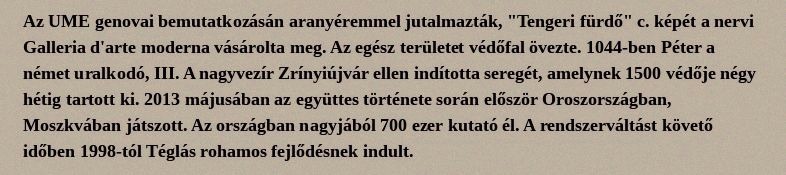
Az UME genovai bemutatkozásán aranyéremmel jutalmazták, "Tengeri fürdő" c. képét a nervi Galleria d'arte moderna vásárolta meg. Az egész területet védőfal övezte. 1044-ben Péter a német uralkodó, III. A nagyvezír Zrínyiújvár ellen indította seregét, amelynek 1500 védője négy hétig tartott ki. 2013 májusában az együttes története során először Oroszországban, Moszkvában játszott. Az országban nagyjából 700 ezer kutató él. A rendszerváltást követő időben 1998-tól Téglás rohamos fejlődésnek indult.